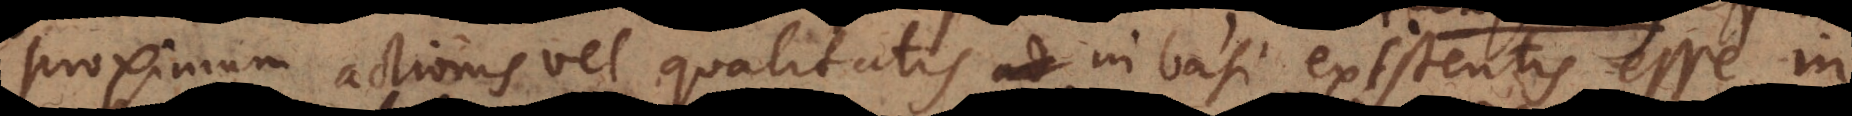
proximum actionis vel qualitatis in basi existentis esse in